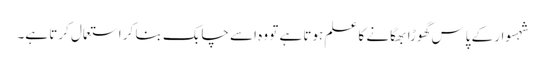
شہسوار کے پاس گھوڑا بھگانے کا علم ہوتا ہے تو وہ اسے چابک بنا کر استعمال کرتا ہے۔